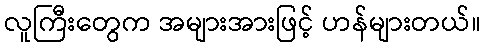
လူကြီးတွေက အများအားဖြင့် ဟန်များတယ်။